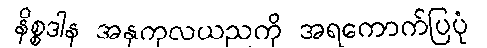
နိစ္စဒါန အနုကုလယညကို အရကောက်ပြပုံ